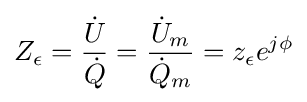
Z_{\epsilon }={\frac {\dot {U}}{\dot {Q}}}={\frac {{\dot {U}}_{m}}{{\dot {Q}}_{m}}}=z_{\epsilon }e^{j\phi }